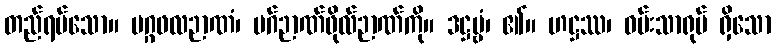
တည်ရပ်သော။ မဂ္ဂဖလဉာဏံ၊ မဂ်ဉာဏ်ဖိုလ်ဉာဏ်ကို။ ဒဋ္ဌဗ္ဗံ၊ ၏။ ဟဋ္ဌဿ၊ ဝမ်းသာရုပ် ရှိသော